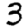
Digit: 3